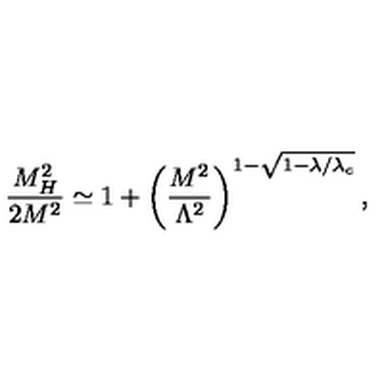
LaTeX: \frac { M _ { H } ^ { 2 } } { 2 M ^ { 2 } } \simeq 1 + \left( \frac { M ^ { 2 } } { \Lambda ^ { 2 } } \right) ^ { 1 - \sqrt { 1 - \lambda / \lambda _ { c } } } ,